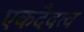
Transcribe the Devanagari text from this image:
एकदैवत्व